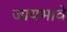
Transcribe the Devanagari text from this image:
जायभावे